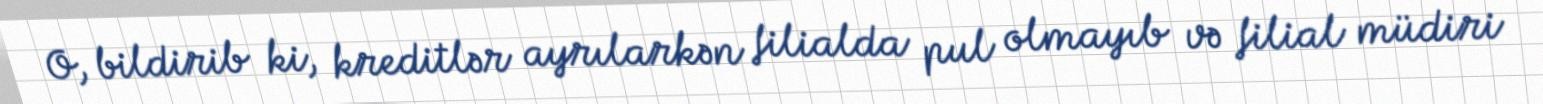
O, bildirib ki, kreditlər ayrılarkən filialda pul olmayıb və filial müdiri